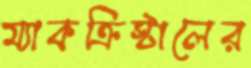
ম্যাকক্রিস্টালের